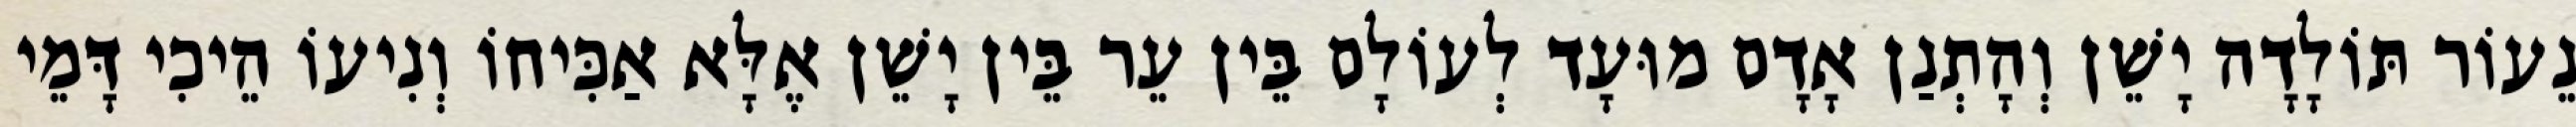
נֵעוֹר תּוֹלָדָה יָשֵׁן וְהָתְנַן אָדָם מוּעָד לְעוֹלָם בֵּין עֵר בֵּין יָשֵׁן אֶלָּא אַכִּיחוֹ וְנִיעוֹ הֵיכִי דָּמֵי